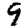
Digit: 9